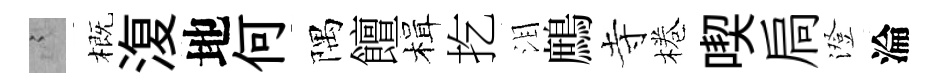
謭概𣸪地何隅饘楫扢泪鷓寺棬喫扃澄淪